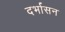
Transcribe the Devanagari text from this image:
दर्भासन